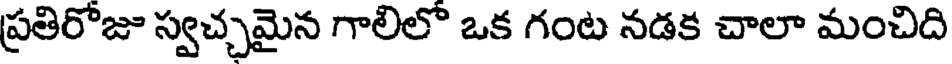
ప్రతిరొజు స్వచ్చమైన గాలిలొ ఒక గంట నడక చాలా మంచిది